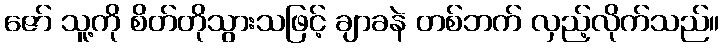
ဇော် သူ့ကို စိတ်တိုသွားသဖြင့် ချာခနဲ တစ်ဘက် လှည့်လိုက်သည်။